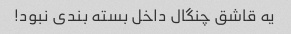
یه قاشق چنگال داخل بسته بندی نبود!